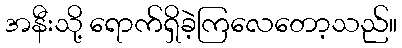
အနီးသို့ ရောက်ရှိခဲ့ကြလေတော့သည်။